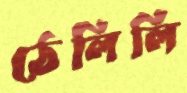
ঠেলিলি